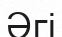
Әгі